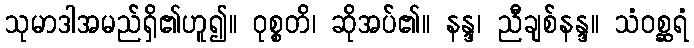
သုမာဒါအမည်ရှိ၏ဟူ၍။ ဝုစ္စတိ၊ ဆိုအပ်၏။ နန္ဒ၊ ညီချစ်နန္ဒ။ သံဝစ္ဆရံ